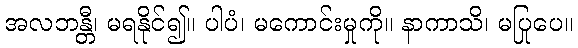
အလဘန္တီ၊ မရနိုင်၍။ ပါပံ၊ မကောင်းမှုကို။ နာကာသိ၊ မပြုပေ။